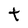
Character: t